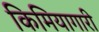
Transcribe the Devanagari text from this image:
किमियागारी